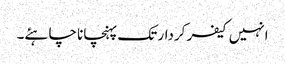
انہیں کیفر کردار تک پہنچانا چاہئے۔